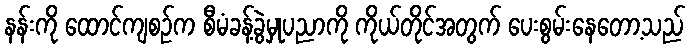
နန်းကို ထောင်ကျစဉ်က စီမံခန့်ခွဲမှုပညာကို ကိုယ်တိုင်အတွက် ပေးစွမ်းနေတော့သည်